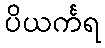
ပိယင်္ကရ